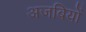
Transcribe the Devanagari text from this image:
अजबियों